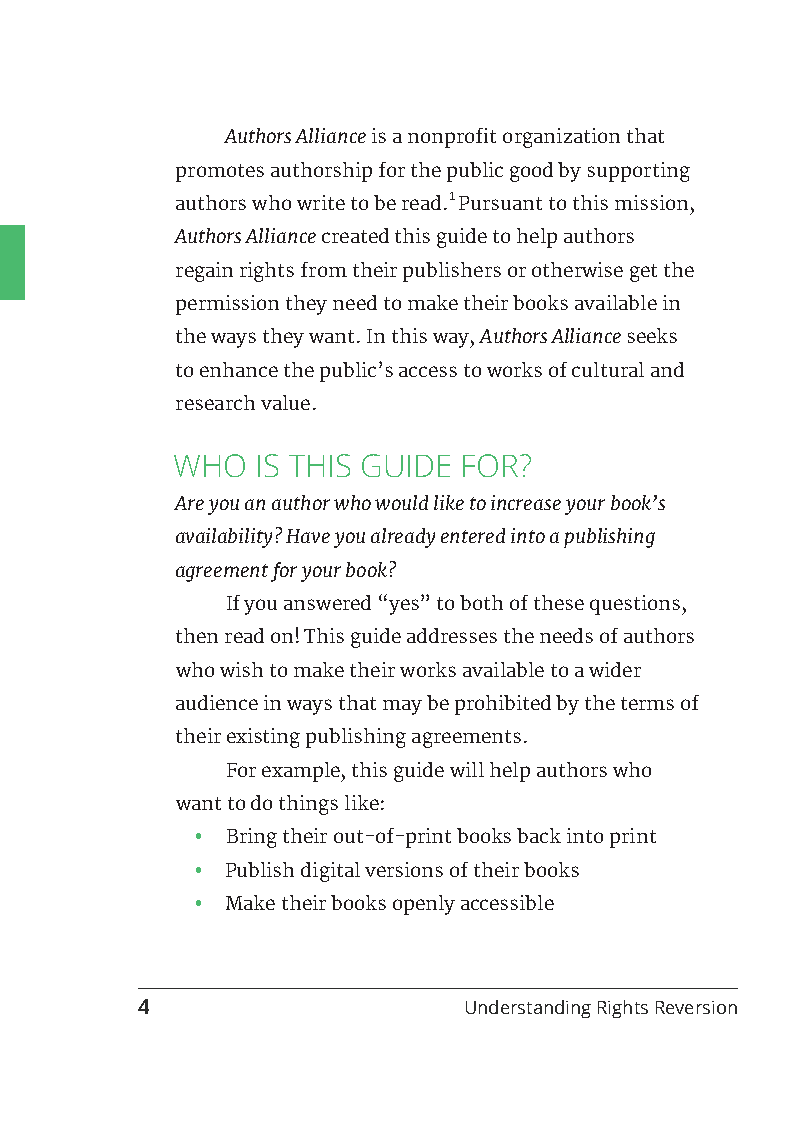
Authors Alliance is a nonprofit organization that
 promotes authorship for the public good by supporting
 1
 authors who write to be read. Pursuant to this mission,
 Authors Alliance created this guide to help authors
 regain rights from their publishers or otherwise get the
 permission they need to make their books available in
 the ways they want. In this way, Authors Alliance seeks
 to enhance the public’s access to works of cultural and
 research value.
 WHO   IS THIS GUIDE FOR?
 Are you an author who would like to increase your book’s
 availability? Have you already entered into a publishing
 agreement for your book?
 If you answered “yes” to both of these questions,
 then read on! This guide addresses the needs of authors
 who wish to make their works available to a wider
 audience in ways that may be prohibited by the terms of
 their existing publishing agreements.
 For example, this guide will help authors who
 want to do things like:
 • Bring their out-of-print books back into print
 • Publish digital versions of their books
 • Make their books openly accessible
 4                     Understanding Rights Reversion